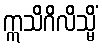
ဣသိဂိလိသ္မိံ